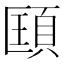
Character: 𩒑